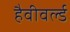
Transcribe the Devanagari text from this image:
हैवीवर्ल्ड